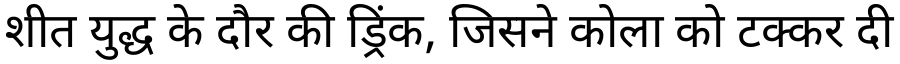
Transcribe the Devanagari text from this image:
शीत युद्ध के दौर की ड्रिंक, जिसने कोला को टक्कर दी